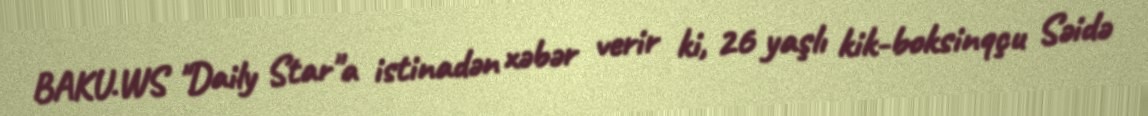
BAKU.WS "Daily Star"a istinadən xəbər verir ki, 26 yaşlı kik-boksinqçu Səidə